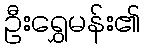
ဦးရွှေမန်း၏